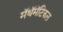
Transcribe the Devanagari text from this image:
मॅथॅमॅटिकल